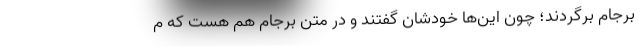
برجام برگردند؛ چون این‌ها خودشان گفتند و در متن برجام هم هست که م